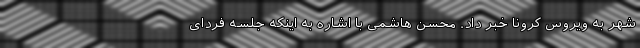
شهر به ویروس کرونا خبر داد. محسن هاشمی با اشاره به اینکه جلسه فردای